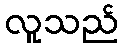
လူသည်